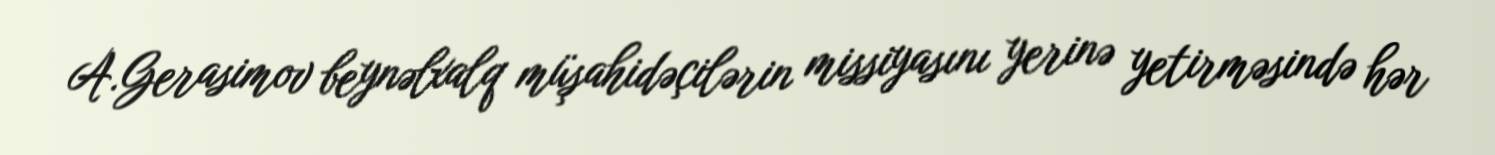
A.Gerasimov beynəlxalq müşahidəçilərin missiyasını yerinə yetirməsində hər